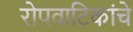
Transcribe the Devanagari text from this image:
रोपवाटिकांचे